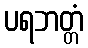
ပရဘတ္တံ